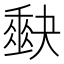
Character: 𭑡